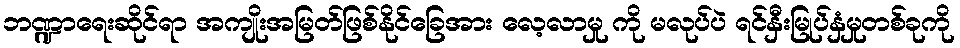
ဘဏ္ဍာရေးဆိုင်ရာ အကျိုးအမြတ်ဖြစ်နိုင်ခြေအား လေ့လာမှု ကို မလုပ်ပဲ ရင်နှီးမြုပ်နှံမှုတစ်ခုကို